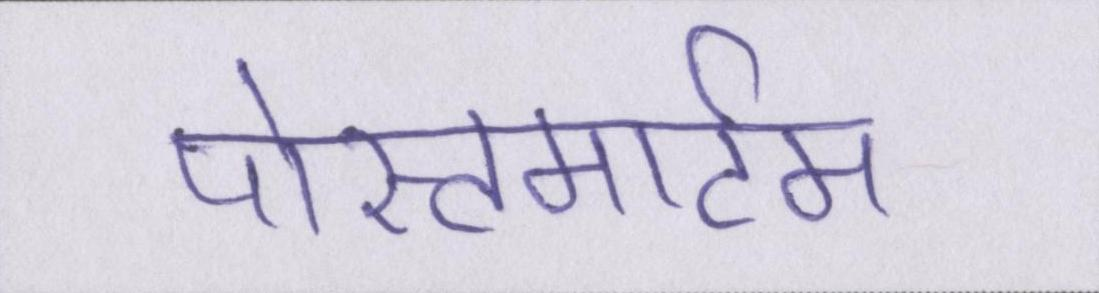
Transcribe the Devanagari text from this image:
पोस्टमार्टम